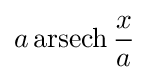
a\operatorname {arsech} {\frac {x}{a}}